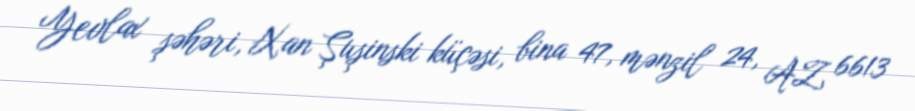
Yevlax şəhəri, Xan Şuşinski küçəsi, bina 47, mənzil 24, AZ 6613